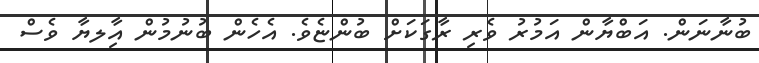
ބުނާނަން. އަބްޔާން އަމުރު ވެރި ރާގަކަށް ބުންޏެވެ. އެހެން ބުނުމުން އާިލޔާ ވެސް